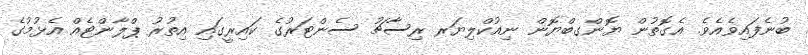
ބުނެފައިވެއެވެ. އެގޮތުން ޔޮންގބްޔޮން ނިއުކްލިޔަރ ރިސާޗު ސެންޓަރުގެ ކައިރީގައި އިތުރު ޕްލާންޓެއް އެޅުމުގެ